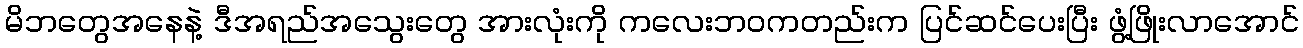
မိဘတွေအနေနဲ့ ဒီအရည်အသွေးတွေ အားလုံးကို ကလေးဘဝကတည်းက ပြင်ဆင်ပေးပြီး ဖွံ့ဖြိုးလာအောင်